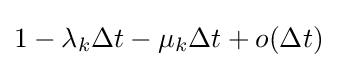
1-\lambda _{k}\Delta t-\mu _{k}\Delta t+o(\Delta t)